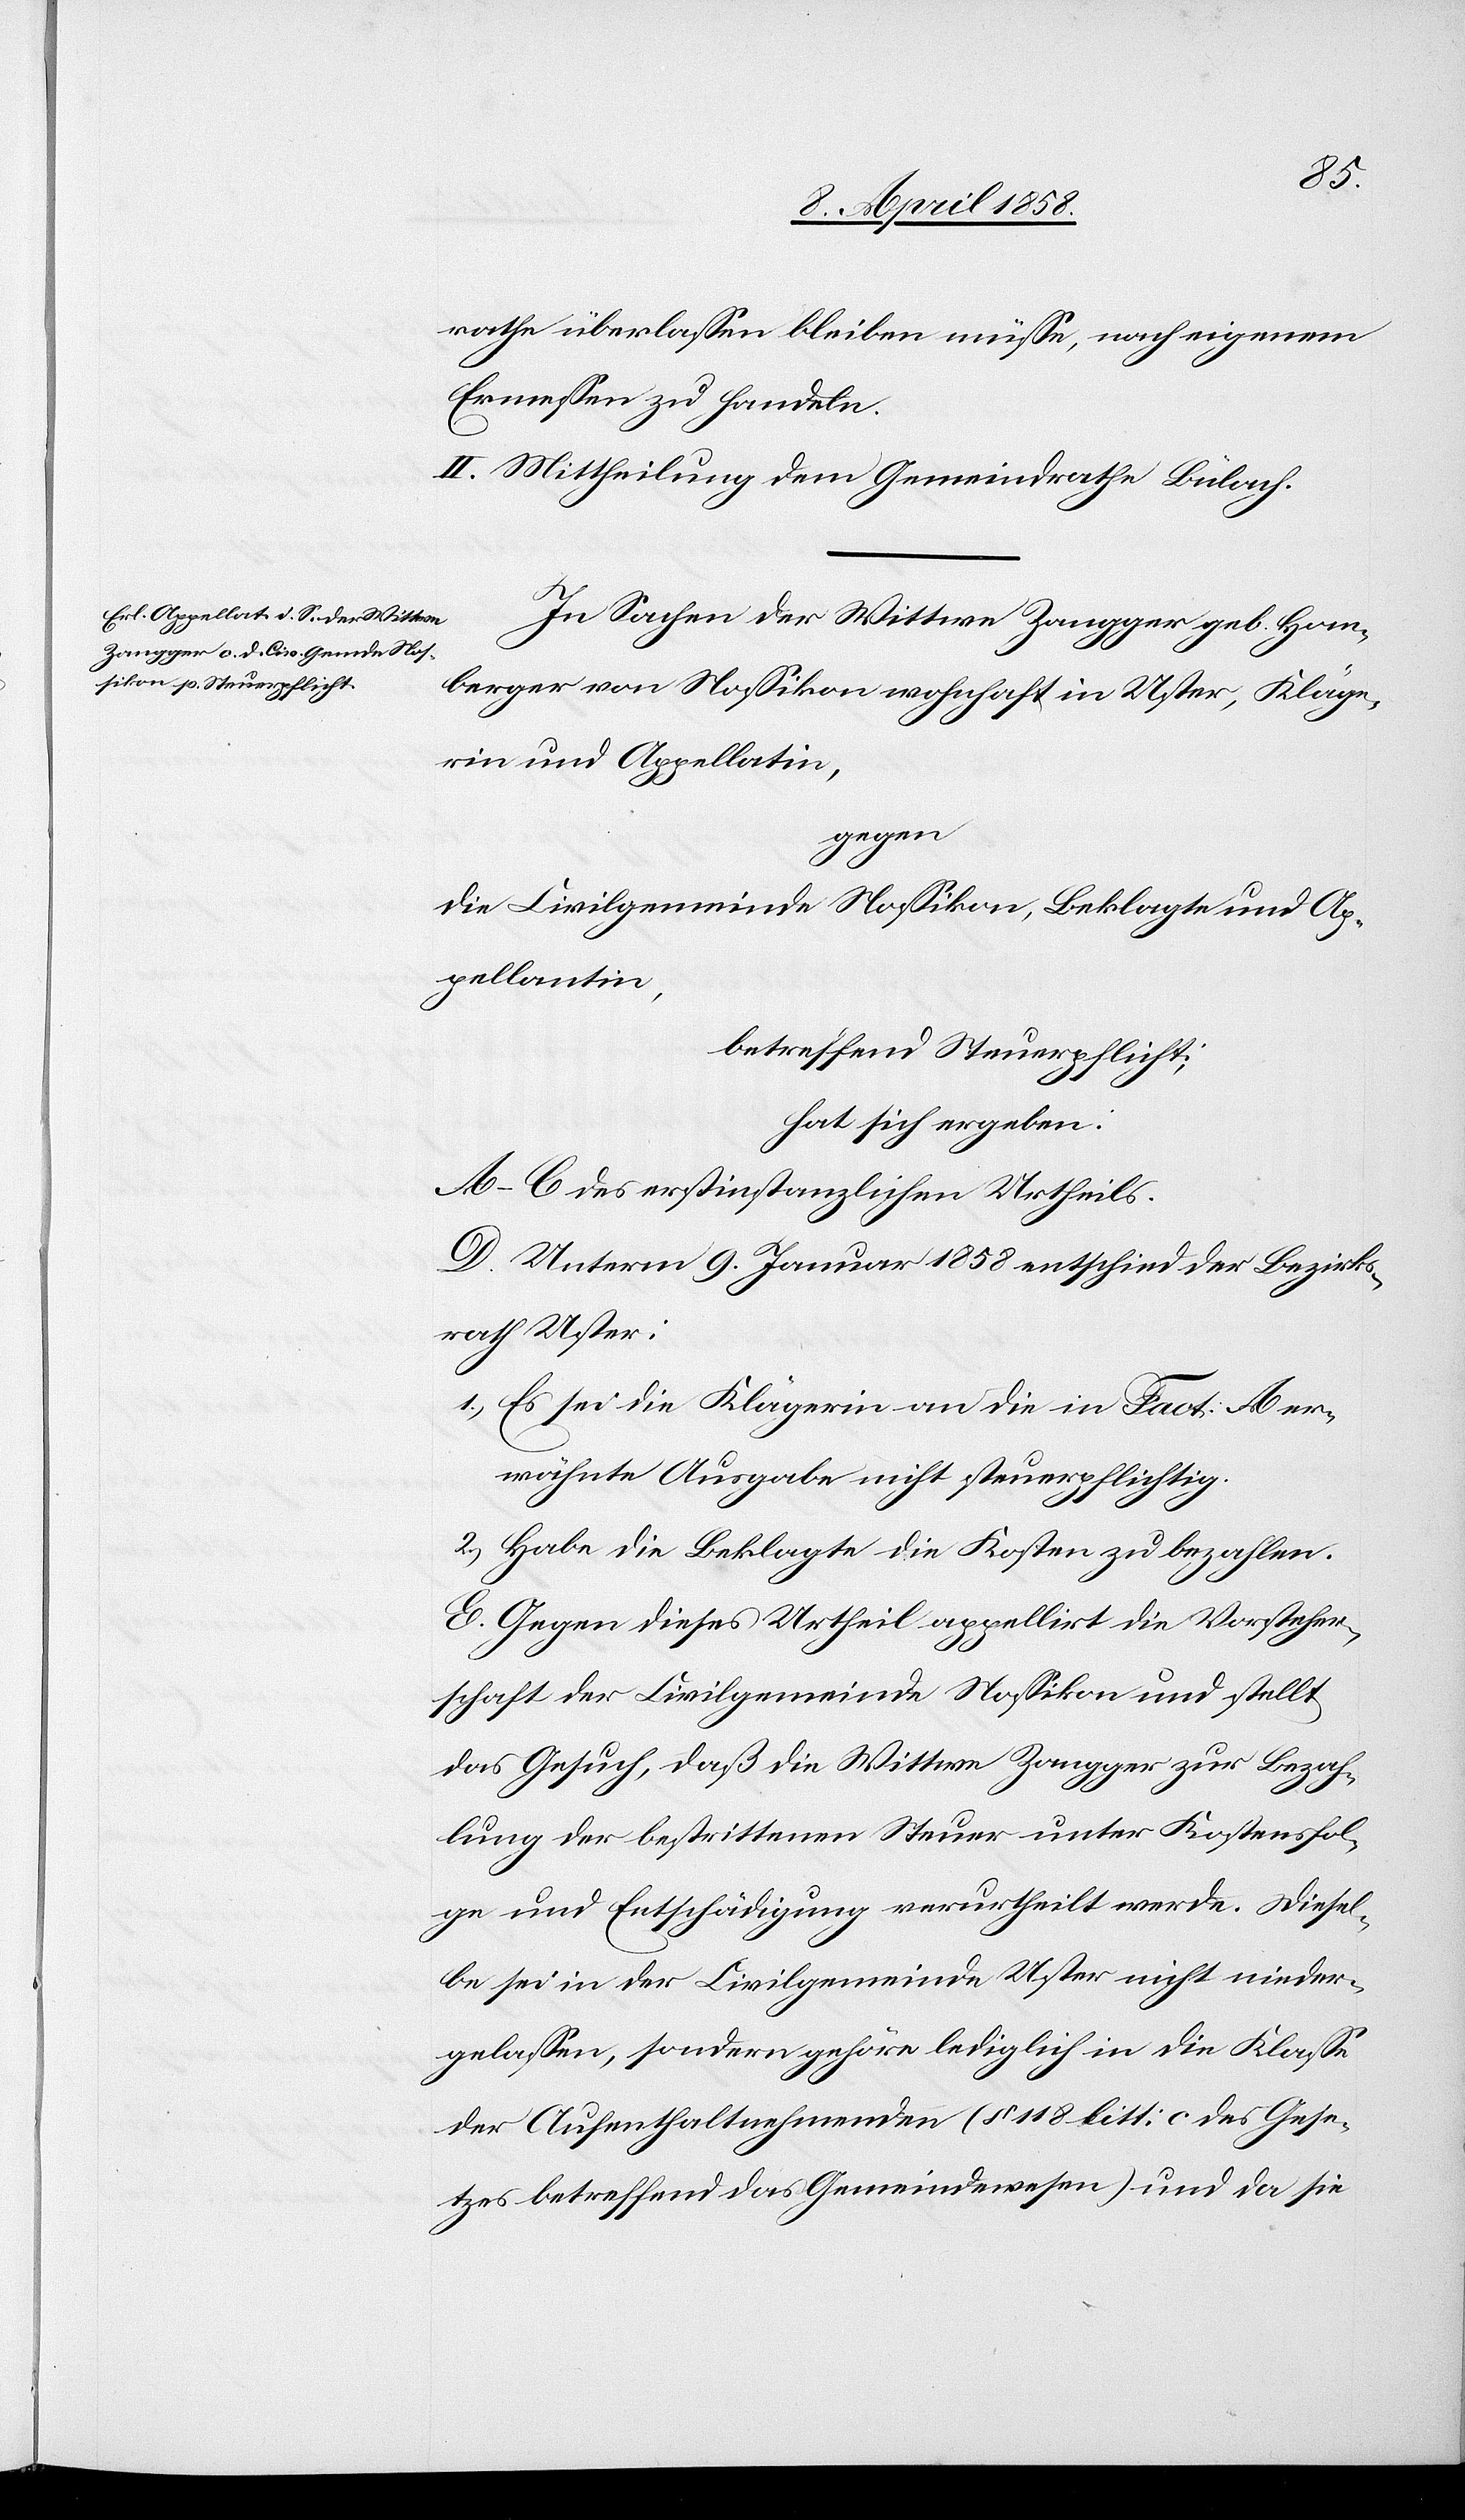
rathe überlassen bleiben müsse, nach eigenem
Ermessen zu handeln.
II. Mittheilung dem Gemeindrathe Bülach.
In Sachen der Wittwe Zangger geb. Hom¬
berger von Nossikon wohnhaft in Uster, Kläge¬
rin und Appellatin,
gegen
die Civilgemeinde Nossikon, Beklagte und Ap¬
pellantin,
betreffend Steuerpflicht:
hat sich ergeben:
A–C des erstinstanzlichen Urtheils.
D. Unterm 9. Januar 1858 entschied der Bezirks¬
rath Uster:
1) Es sei die Klägerin an die in Fact. A er¬
wähnte Ausgabe nicht steuerpflichtig.
2) Habe die Beklagte die Kosten zu bezahlen.
E. Gegen dieses Urtheil appellirt die Vorsteher¬
schaft der Civilgemeinde Nossikon und stellt
das Gesuch, daß die Wittwe Zangger zur Bezah¬
lung der bestrittenen Steuer unter Kostensfol¬
ge und Entschädigung verurtheilt werde. Diesel¬
be sei in der Civilgemeinde Uster nicht nieder¬
gelassen, sondern gehöre lediglich in die Klasse
der Aufenthaltnehmenden (§ 118 litt. c des Gese¬
tzes betreffend das Gemeindewesen) und da sie